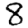
Digit: 8